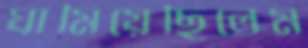
ঘামিয়েছিলেম